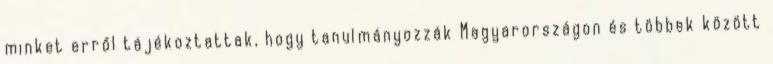
minket erről tájékoztattak, hogy tanulmányozzák Magyarországon és többek között